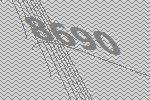
8690